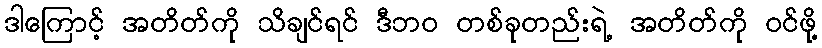
ဒါကြောင့် အတိတ်ကို သိချင်ရင် ဒီဘဝ တစ်ခုတည်းရဲ့ အတိတ်ကို ဝင်ဖို့